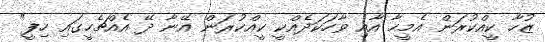
ޒުހާ ކީއްކުރަން އެމީހާ އާއި ވާހަކަދެއްކީ ކީއްކުރަން އޭނާ ދޭ އެއްޗެހީގައި ހިފީ"